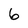
Character: 6